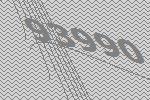
93990